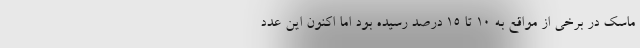
ماسک در برخی از مواقع به ۱۰ تا ۱۵ درصد رسیده بود اما اکنون این عدد